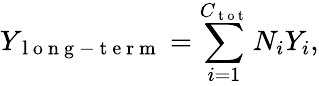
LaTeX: Y_{\mathrm{~l~o~n~g~-~t~e~r~m~}}=\sum_{i=1}^{C_{\mathrm{~t~o~t~}}}N_{i}Y_{i},